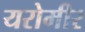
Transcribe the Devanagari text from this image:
यरोमीर